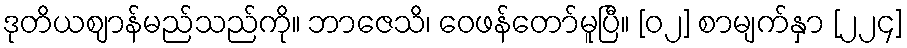
ဒုတိယဈာန်မည်သည်ကို။ ဘာဇေသိ၊ ဝေဖန်တော်မူပြီ။ [၀၂] စာမျက်နှာ [၂၂၄]